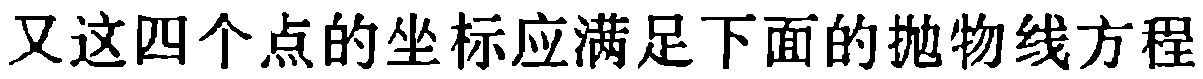
又这四个点的坐标应满足下面的抛物线方程